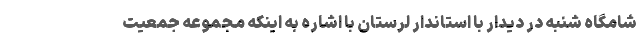
شامگاه شنبه در دیدار با استاندار لرستان با اشاره به اینکه مجموعه جمعیت